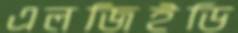
এলজিইডি